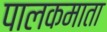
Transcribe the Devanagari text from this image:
पालकमाता